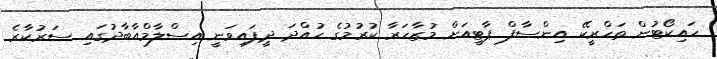
ހައިކޯޓުން ތަހްރީކޭ އިންސާފް ޕާޓީއަށް މުޒާހަރާ ކުރުމުގެ ހުއްދަ ދީފައިވަނީ އިސްލާމްއާބާދުގައި ސަރުކާރެ